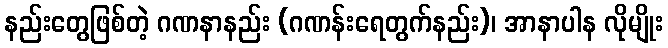
နည်းတွေဖြစ်တဲ့ ဂဏနာနည်း (ဂဏန်းရေတွက်နည်း)၊ အာနာပါန လိုမျိုး